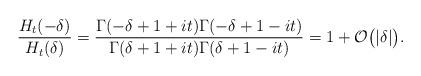
LaTeX: \begin{align*} \frac{H_t(-\delta)}{H_t(\delta)} = \frac{\Gamma(-\delta+1+it)\Gamma(-\delta+1-it)}{\Gamma(\delta+1+it)\Gamma(\delta+1-it)} = 1 + \mathcal{O}\big(|\delta|\big).\end{align*}